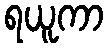
ရယူကာ